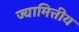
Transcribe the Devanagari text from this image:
ज्यामित्तीय